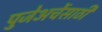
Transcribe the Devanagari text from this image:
पुजेअर्चेसाठी